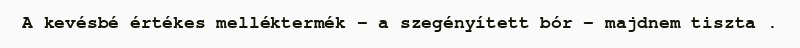
A kevésbé értékes melléktermék – a szegényített bór – majdnem tiszta .